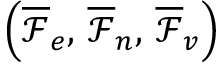
\left( \overline { \mathcal { F } } _ { e } , \, \overline { \mathcal { F } } _ { n } , \, \overline { \mathcal { F } } _ { v } \right)